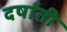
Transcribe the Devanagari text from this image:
दर्षाती